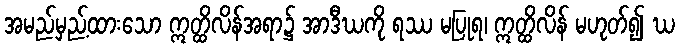
အမည်မှည့်ထားသော ဣတ္ထိလိန်အရာ၌ အာဒီဃကို ရဿ မပြုရ၊ ဣတ္ထိလိန် မဟုတ်၍ ဃ